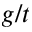
g / t